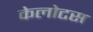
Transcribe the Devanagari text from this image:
केलोटस